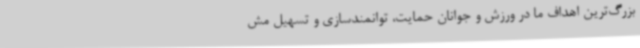
بزرگ‌ترین اهداف ما در ورزش و جوانان حمایت، توانمندسازی و تسهیل مش